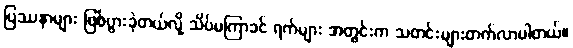
ပြဿနာများ ဖြစ်ပွားခဲ့တယ်လို့ သိပ်မကြာခင် ရက်များ အတွင်းက သတင်းများတက်လာပါတယ်။